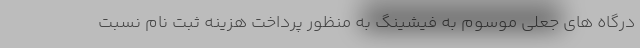
درگاه های جعلی موسوم به فیشینگ به منظور پرداخت هزینه ثبت نام نسبت